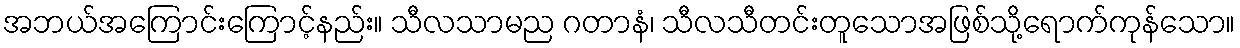
အဘယ်အကြောင်းကြောင့်နည်း။ သီလသာမည ဂတာနံ၊ သီလသီတင်းတူသောအဖြစ်သို့ရောက်ကုန်သော။